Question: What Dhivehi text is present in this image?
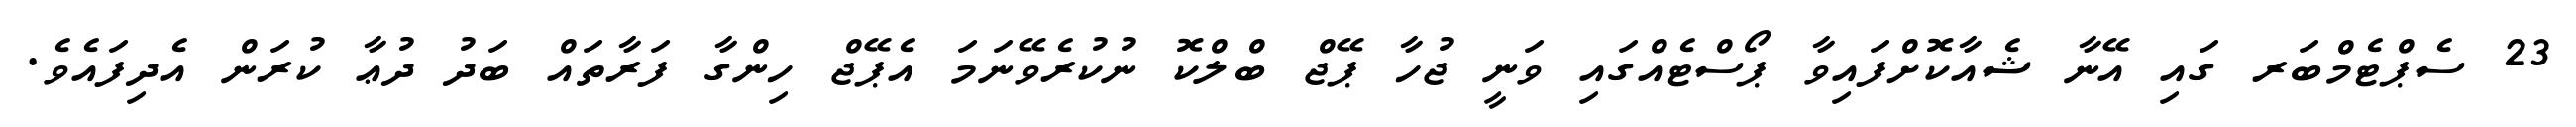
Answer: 23 ސެޕްޓެމްބަރ ގައި އޭނާ ޝެއާކޮށްފައިވާ ޕޯސްޓެއްގައި ވަނީ ޖުހާ ޕޭޖް ބްލްކޮ ނުކުރެވޭނަމަ އެޕޭޖް ހިންގާ ފަރާތައް ބަދު ދުޢާ ކުރަން އެދިފައެވެ.